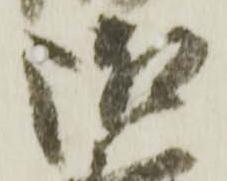
御